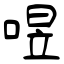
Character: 喅